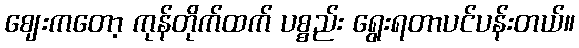
ဈေးကတော့ ကုန်တိုက်ထက် ပစ္စည်း ရွေးရတာပင်ပန်းတယ်။